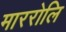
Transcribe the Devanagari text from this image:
माररोलि